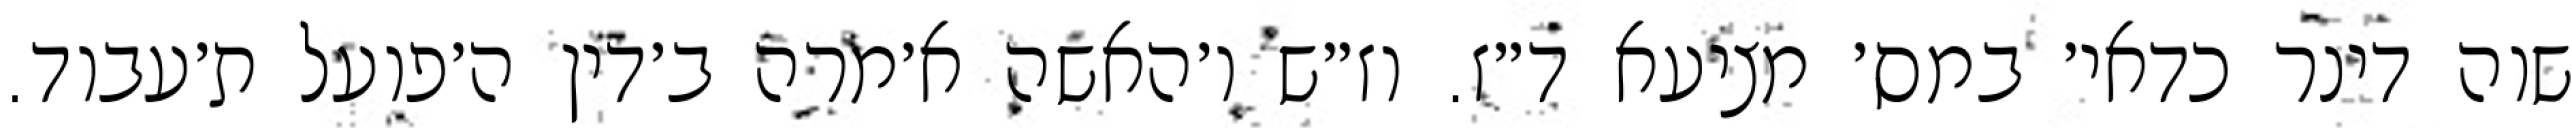
שוה דינר כדאי׳ במס׳ מציעא ד״ז. וז״ש ו׳האשה א׳מרה ב׳דין ה׳פועל ת׳עבוד.